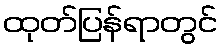
ထုတ်ပြန်ရာတွင်